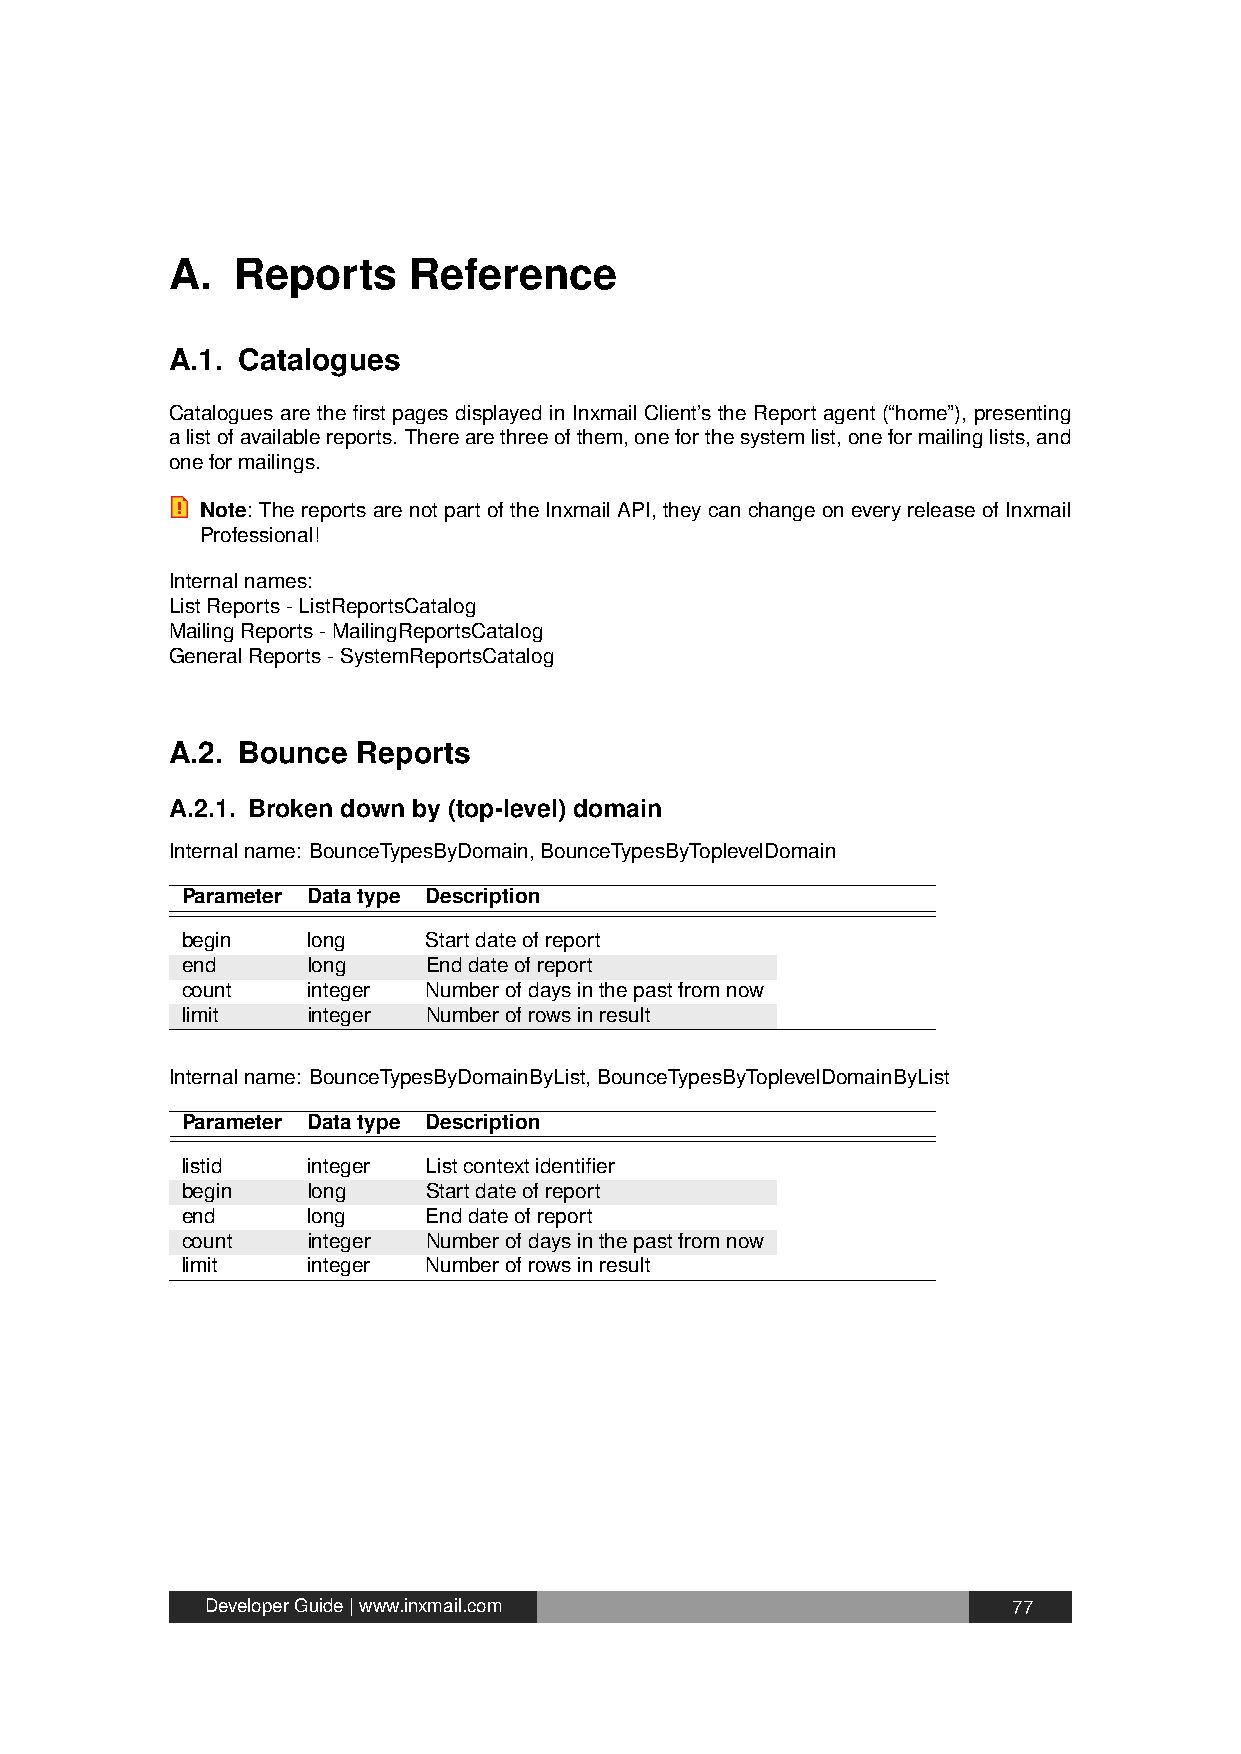
A.  Reports     Reference
 A.1. Catalogues
 Catalogues are the first pages displayed in Inxmail Client’s the Report agent (“home”), presenting
 alistofavailablereports. Therearethreeofthem,oneforthesystemlist,oneformailinglists,and
 oneformailings.
 Note: ThereportsarenotpartoftheInxmailAPI,theycanchangeoneveryreleaseofInxmail
 Professional!
 Internalnames:
 ListReports-ListReportsCatalog
 MailingReports-MailingReportsCatalog
 GeneralReports-SystemReportsCatalog
 A.2. Bounce  Reports
 A.2.1. Broken down by (top-level) domain
 Internalname: BounceTypesByDomain,BounceTypesByToplevelDomain
 Parameter Datatype Description
 begin   long    Startdateofreport
 end     long    Enddateofreport
 count   integer Numberofdaysinthepastfromnow
 limit   integer Numberofrowsinresult
 Internalname: BounceTypesByDomainByList,BounceTypesByToplevelDomainByList
 Parameter Datatype Description
 listid  integer Listcontextidentifier
 begin   long    Startdateofreport
 end     long    Enddateofreport
 count   integer Numberofdaysinthepastfromnow
 limit   integer Numberofrowsinresult
 DeveloperGuide|www.inxmail.com                       77